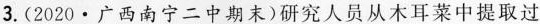
3.(2020·广西南宁二中期末)研究人员从木耳菜中提取过